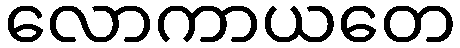
လောကာယတေ